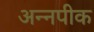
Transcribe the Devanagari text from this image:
अन्नपीक